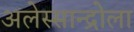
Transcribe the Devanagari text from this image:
अलेस्सान्द्रोला